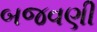
બજવણી